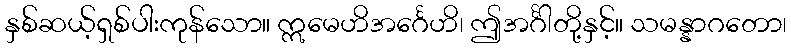
နှစ်ဆယ့်ရှစ်ပါးကုန်သော။ ဣမေဟိအင်္ဂေဟိ၊ ဤအင်္ဂါတို့နှင့်။ သမန္နာဂတော၊